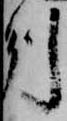
州